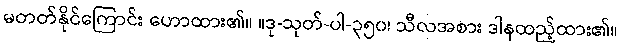
မတတ်နိုင်ကြောင်း ဟောထား၏။ ။ဒု-သုတ်-ပါ-၃၅၀၊ သီလအစား ဒါနထည့်ထား၏။